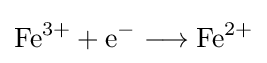
\mathrm {Fe^{3+}+e^{-}\longrightarrow Fe^{2+}}